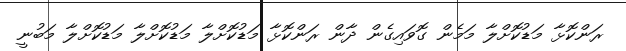
ރަންކޮޅާ މަޑުކޮށްލާ މަމެން ގޮވައިގެން ދާން ރަންކޮޅާ މަޑުކޮށްލާ މަޑުކޮށްލާ މަޑުކޮށްލާ މަބުނީ